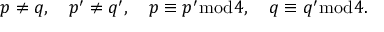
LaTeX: p \neq q , \quad p ^ { \prime } \neq q ^ { \prime } , \quad p \equiv p ^ { \prime } { \bmod { 4 } } , \quad q \equiv q ^ { \prime } { \bmod { 4 } } .